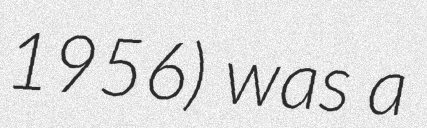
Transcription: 1956) was a